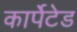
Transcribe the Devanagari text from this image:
कार्पेटेड